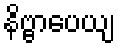
နိဗ္ဗာပေယျ